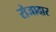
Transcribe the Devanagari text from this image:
रोजादार